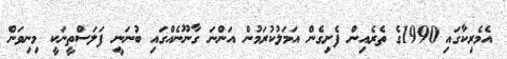
އެމެރިކާގައި 1990ގެ ތެރެއިން ފެށިގެން އަމަލުކުރަމުން އަންނަ ގާނޫނެއްގައި ބުނަނީ ފަލަސްތީނަކީ މިނިވަން